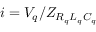
i = V _ { q } / Z _ { R _ { q } L _ { q } C _ { q } }